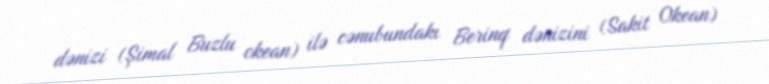
dənizi (Şimal Buzlu okean) ilə cənubundakı Berinq dənizini (Sakit Okean)